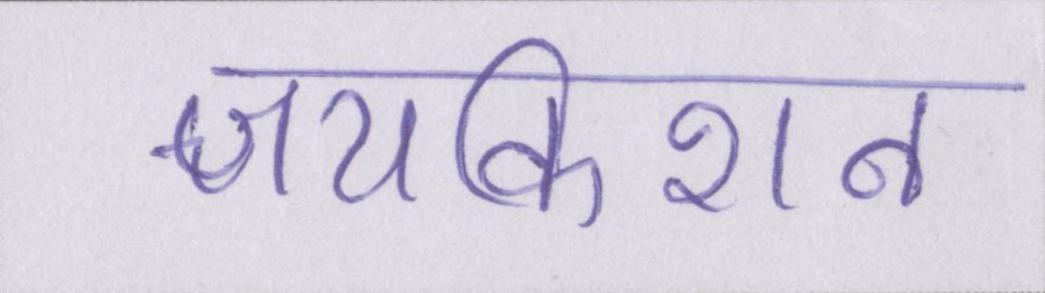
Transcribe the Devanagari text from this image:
जयकिशन